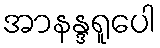
အာနန္ဒရူပေါ